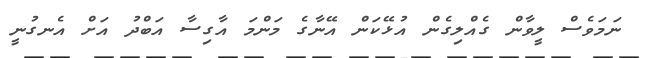
ނަމަވެސް ލީވާން ގެއްލިގެން އުޅޭކަން އޭނާގެ މަންމަ އާގިސާ އަބްދު އަށް އެނގުނީ